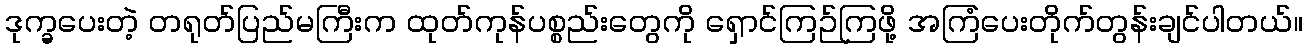
ဒုက္ခပေးတဲ့ တရုတ်ပြည်မကြီးက ထုတ်ကုန်ပစ္စည်းတွေကို ရှောင်ကြဉ်ကြဖို့ အကြံပေးတိုက်တွန်းချင်ပါတယ်။